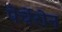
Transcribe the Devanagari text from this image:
पेर्चेरोन